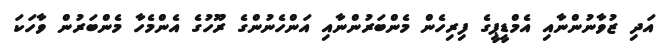
އަދި ޒުވާނުންނާއި އެމްޑީޕީގެ ފިރިހެން މެންބަރުންނާއި އަންހެނުންގެ ރޫހުގެ އެންމެހާ މެންބަރުން ވާހަކަ